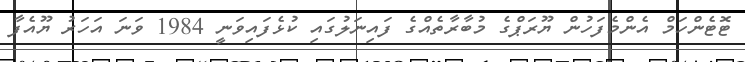
ޓޮޓެންހަމް އެންމެފަހުން ޔޫރަޕްގެ މުބާރާތެއްގެ ފައިނަލުގައި ކުޅެފައިވަނީ 1984 ވަނަ އަހަރު ޔޫއެފާ